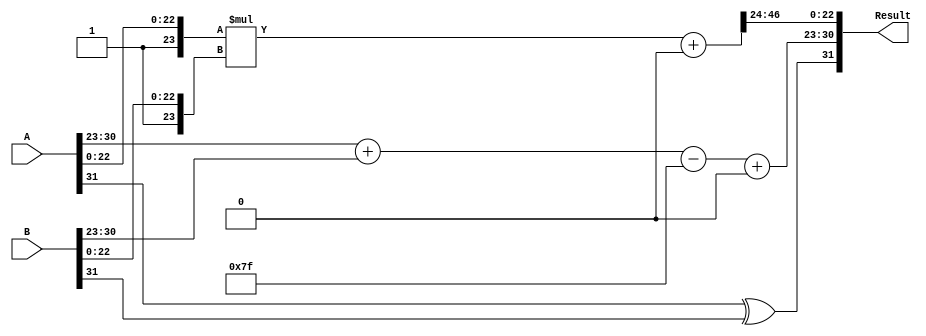
module FloatingPointWallaceTreeMultiplier(
    input [31:0] A, // Input floating-point number A
    input [31:0] B, // Input floating-point number B
    output [31:0] Result // Output floating-point number Result
);

// IEEE 754 single precision constants
parameter BIAS = 8'd127;
parameter MANTISSA_WIDTH = 23;

wire signA = A[31]; // Sign bit of A
wire signB = B[31]; // Sign bit of B

wire [7:0] expA = A[30:23]; // Exponent of A
wire [7:0] expB = B[30:23]; // Exponent of B

wire [23:0] mantA = {1'b1, A[22:0]}; // Mantissa of A with implicit leading 1
wire [23:0] mantB = {1'b1, B[22:0]}; // Mantissa of B with implicit leading 1

// Sign calculation
wire signResult = signA ^ signB; // XOR for sign

// Exponent calculation
wire [7:0] expResult = expA + expB - BIAS; // Exponent of the result

// Mantissa multiplication
wire [47:0] mantProduct = mantA * mantB; // Product of mantissas

// Wallace tree reduction logic (simplified)
wire [47:0] pp1 = mantProduct; // Partial product (actual partial products would need to be computed for each bit of mantA and mantB)
wire [47:0] pp2 = 0; // Additional partial products would go here

// Example of partial product addition (simplified)
// In a real design, you would implement a Wallace tree structure here
wire [47:0] intermediateSum = pp1 + pp2;

// Normalize the result
wire [23:0] mantResult;
wire [7:0] expNormResult;
wire mantShift; // Indicates if mantissa needs to be shifted

assign mantResult = intermediateSum[47:24]; // Example: taking upper 24 bits for normalization
assign expNormResult = expResult + mantShift; // Adjust exponent based on shifts

// Construct final result
assign Result = {signResult, expNormResult, mantResult[22:0]}; // Final result assembly

endmodule